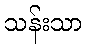
သန်းသာ